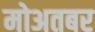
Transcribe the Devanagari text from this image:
मोअतबर